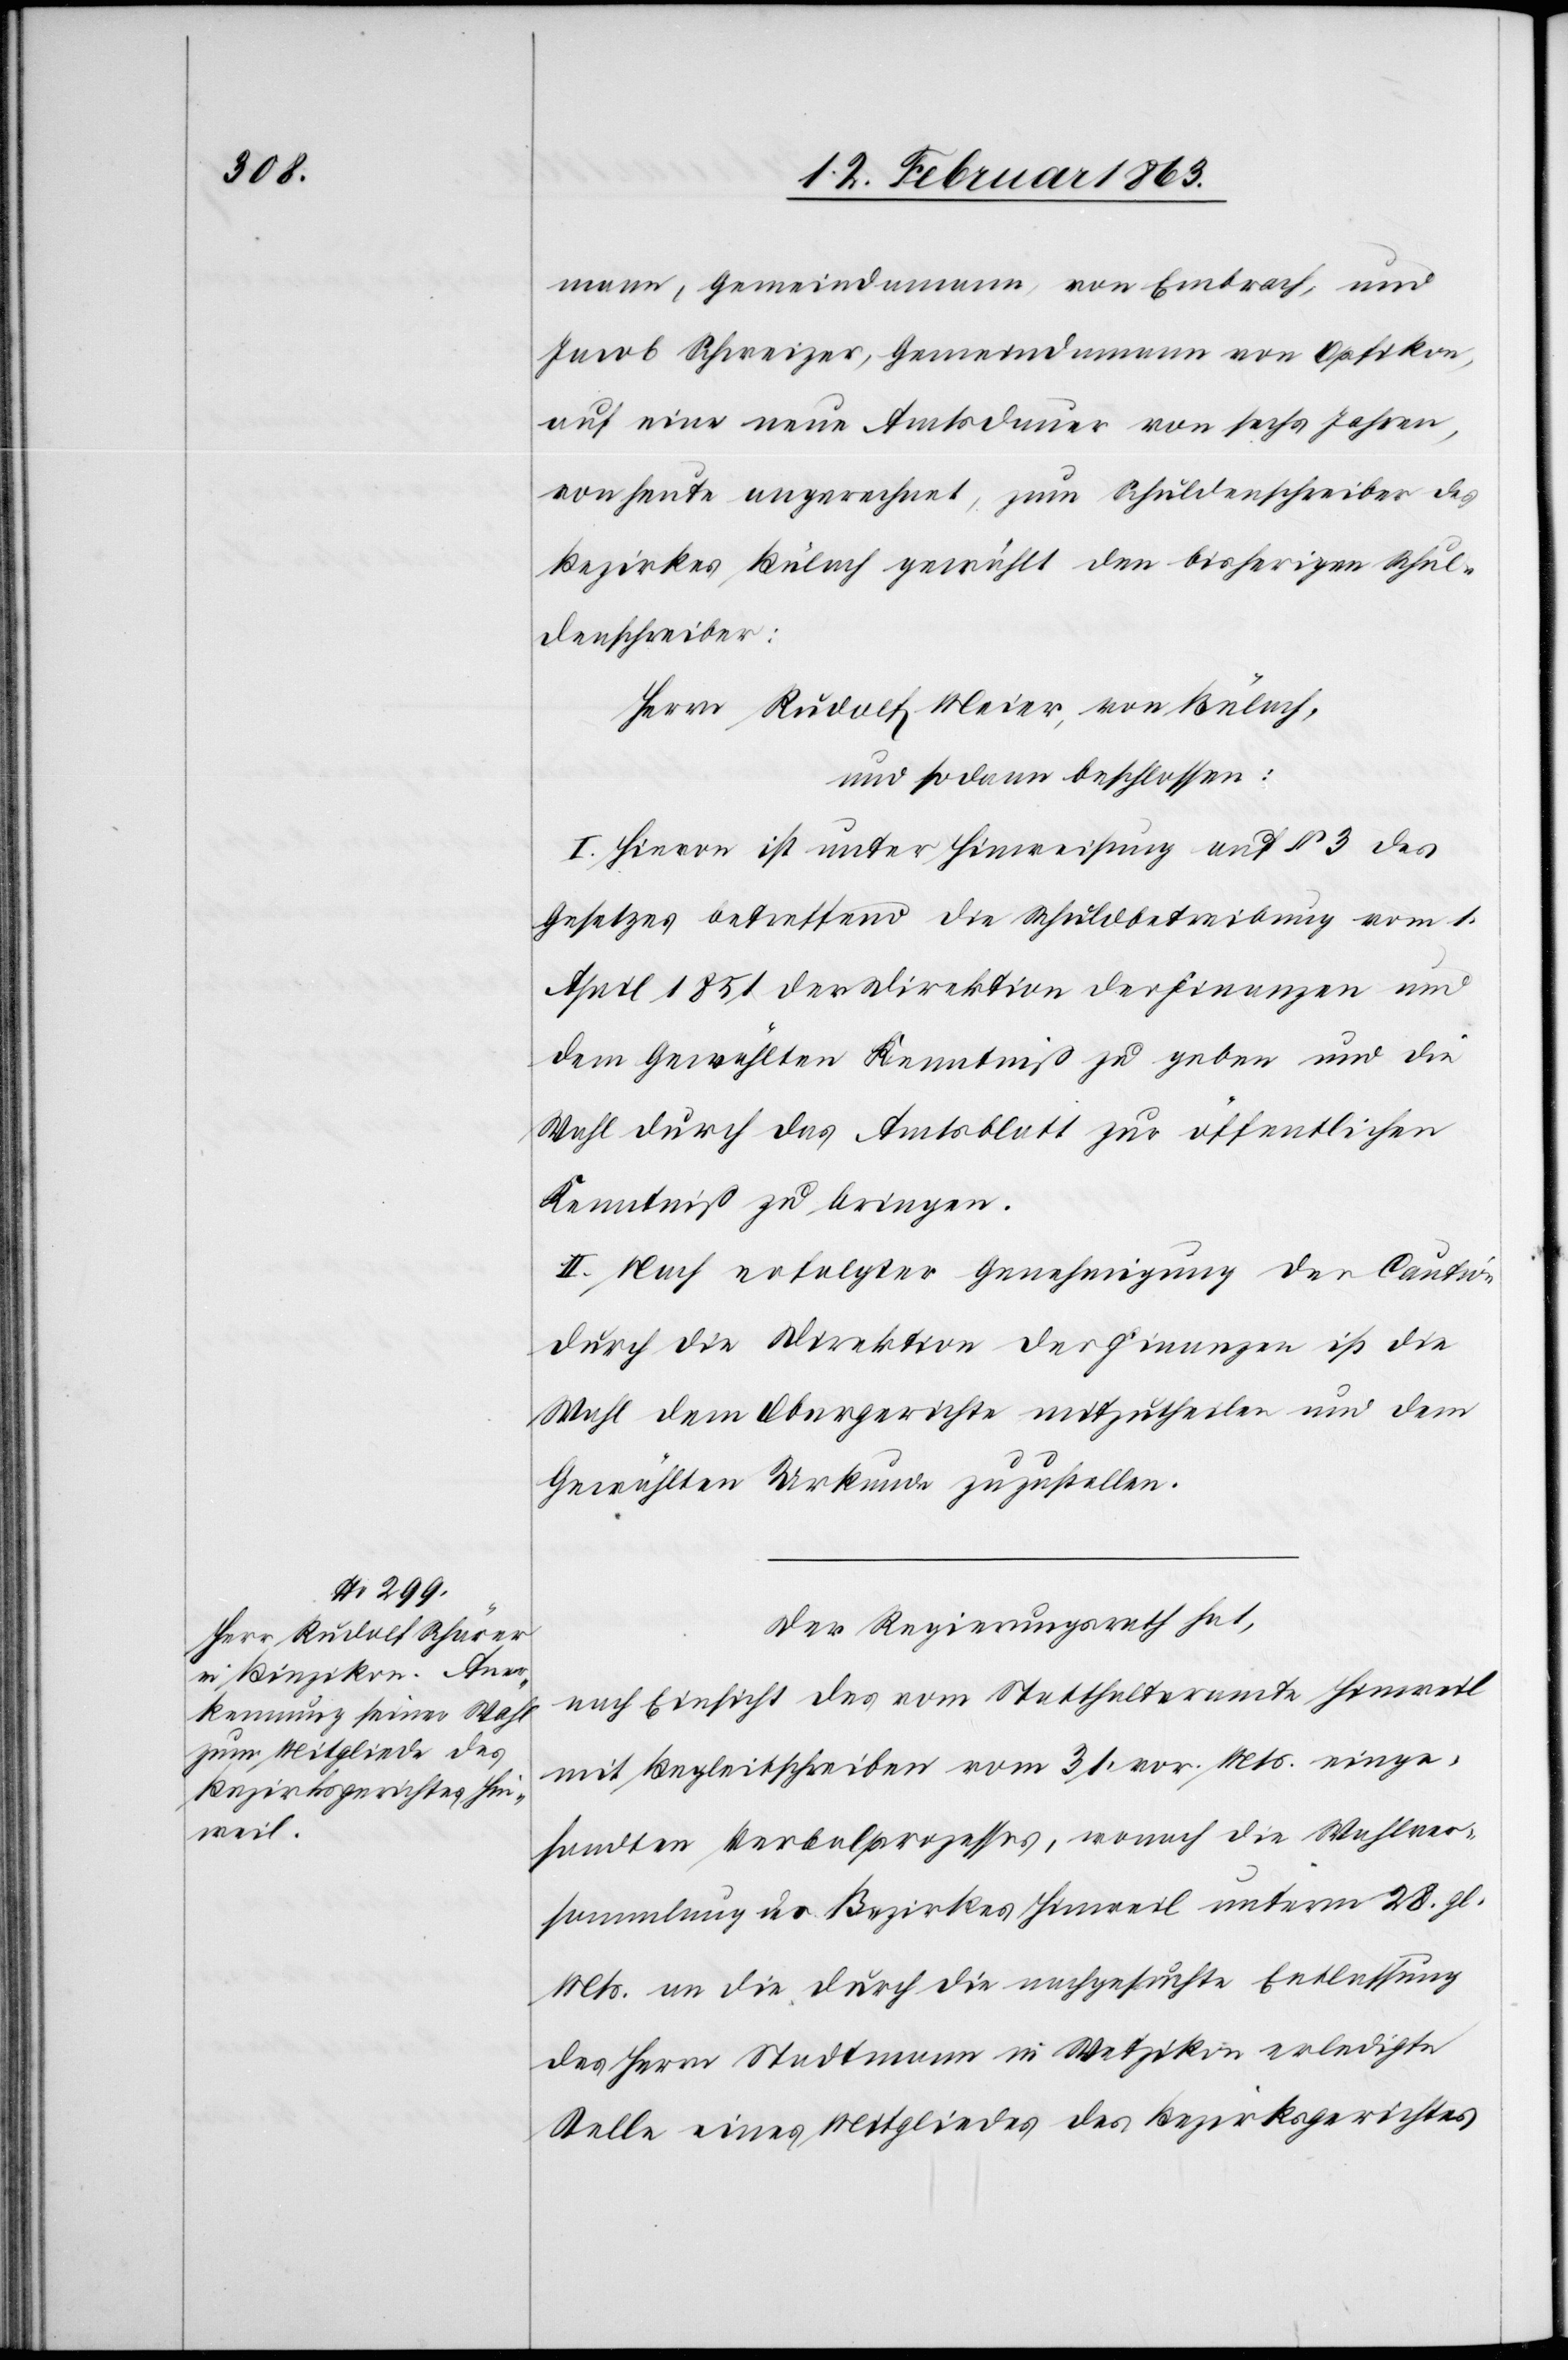
mann, Gemeindamann, von Embrach, und
Jacob Schweizer, Gemeindamann von Opfikon,
auf eine neue Amtsdauer von sechs Jahren,
von heute angerechnet, zum Schuldenschreiber des
Bezirkes Bülach gewählt den bisherigen Schul¬
denschreiber:
Herrn Rudolf Meier, von Bülach,
und sodann beschlossen:
I. Hievon ist unter Hinweisung auf § 3 des
Gesetzes betreffend die Schuldbetreibung vom 1.
April 1851 der Direktion der Finanzen und
dem Gewählten Kenntniß zu geben und die
Wahl durch das Amtsblatt zur öffentlichen
Kenntniß zu bringen.
II. Nach erfolgter Genehmigung der Caution
durch die Direktion der Finanzen ist die
Wahl dem Obergerichte mitzutheilen und dem
Gewählten Urkunde zuzustellen.
Der Regierungsrath hat,
nach Einsicht des vom Statthalteramte Hinweil
mit Begleitschreiben vom 31. vor. Mts. einge¬
sandten Verbalprozesses, wonach die Wahlver¬
sammlung des Bezirkes Hinweil unterm 28. gl.
Mts. an die durch die nachgesuchte Entlassung
des Herrn Stadtmann in Wetzikon erledigte
Stelle eines Mitgliedes des Bezirksgerichtes